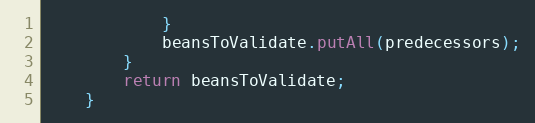
Language: Java
            }
            beansToValidate.putAll(predecessors);
        }
        return beansToValidate;
    }